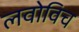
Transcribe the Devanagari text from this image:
लवोविच